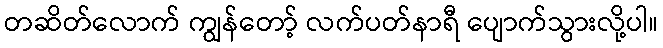
တဆိတ်လောက် ကျွန်တော့် လက်ပတ်နာရီ ပျောက်သွားလို့ပါ။